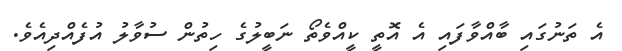
އެ ތަނުގައި ބާއްވާފައި އެ އޮތީ ކީއްވެތޯ ނަބީލުގެ ހިތުން ސުވާލު އުފެއްދިއެވެ.